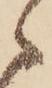
ゝ